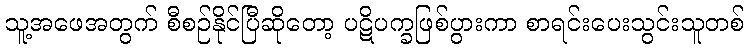
သူ့အဖေအတွက် စီစဉ်နိုင်ပြီဆိုတော့ ပဋိပက္ခဖြစ်ပွားကာ စာရင်းပေးသွင်းသူတစ်